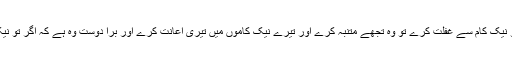
حضوراقدس صلی اللہ تعالیٰ علیہ وسلم نے ارشاد فرمایا: وہ شخص بہترین دوست ہے کہ اگر تو نیک کام سے غفلت کرے تو وہ تجھے متنبہ کرے اور تیرے نیک کاموں میں تیری اعانت کرے اور برا دوست وہ ہے کہ اگر تو نیک کاموں سے غفلت کرے تو وہ تجھے متنبہ نہ کرے اور نیک کاموں میں تیری مدد نہ کرے۔